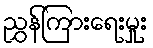
ညွှန်ကြားရေးမှုး